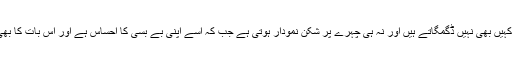
اُسے عملی زندگی میں ناکامی ملتی ہے، دھوکا بھی دیا جاتا ہے لیکن اُس کے پاؤں کہیں بھی نہیں ڈگمگاتے ہیں اور نہ ہی چہرے پر شکن نمودار ہوتی ہے جب کہ اُسے اپنی بے بسی کا احساس ہے اور اس بات کا بھی علم ہے کہ حریف عیاری اور مکاری کے ساتھ غلط داؤں پیچ استعمال کر رہا ہے۔